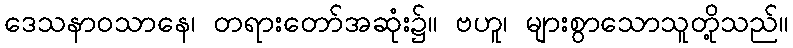
ဒေသနာဝသာနေ၊ တရားတော်အဆုံး၌။ ဗဟူ၊ များစွာသောသူတို့သည်။